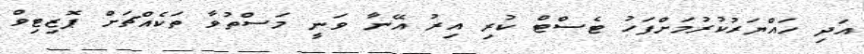
އަދި ހައްޔަރުކުރުމަށްފަހު ޓެސްޓް ކުރި އިރު އޭނާ ވަނީ މަސްތުވާ ތަކެއްޗަށް ޕޮޒިޓިވް